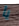
يا